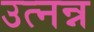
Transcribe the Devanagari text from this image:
उत्नन्न